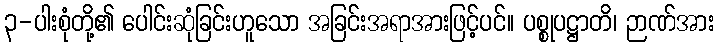
၃-ပါးစုံတို့၏ ပေါင်းဆုံခြင်းဟူသော အခြင်းအရာအားဖြင့်ပင်။ ပစ္စုပဋ္ဌာတိ၊ ဉာဏ်အား